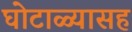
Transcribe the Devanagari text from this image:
घोटाळ्यासह